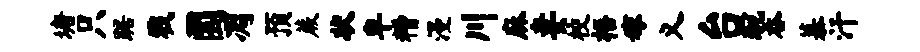
塘只踞戮圜凋预蕨状卑糟漫川麻妻校梧嫁义台琬吞慕汗